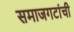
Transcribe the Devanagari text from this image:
समाजगटांची